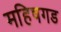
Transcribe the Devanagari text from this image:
महिषगड